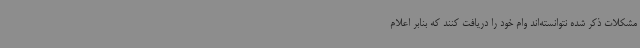
مشکلات ذکر شده نتوانسته‌اند وام خود را دریافت کنند که بنابر اعلام